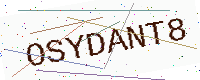
Text: OSYDANT8